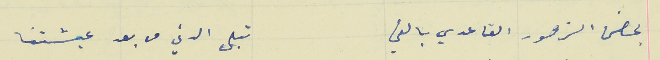
بحضن الزهور القاعدي بالفي                                      تبلى الدني من بعد عيشتنا